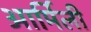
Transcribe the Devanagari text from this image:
आर्मिली